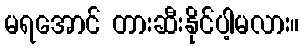
မရအောင် တားဆီးနိုင်ပါ့မလား။